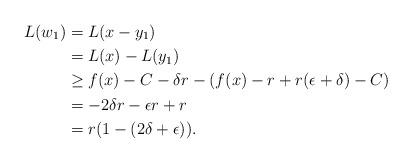
LaTeX: \begin{align*} L(w_1)&=L(x-y_1) \\&=L(x)-L(y_1) \\&\geq f(x)-C-\delta r -(f(x)-r+r(\epsilon+\delta)-C) \\& =-2\delta r -\epsilon r +r \\&= r(1-(2\delta +\epsilon)). \end{align*}